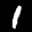
Label: 1